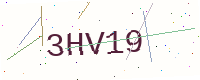
Text: 3HV19